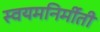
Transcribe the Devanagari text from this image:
स्वयमनिर्मीती